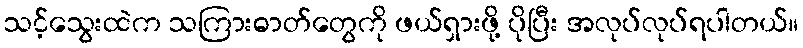
သင့်သွေးထဲက သကြားဓာတ်တွေကို ဖယ်ရှားဖို့ ပိုပြီး အလုပ်လုပ်ရပါတယ်။